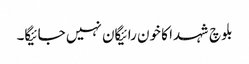
بلوچ شہدا کا خون رائیگان نہیں جائیگا۔